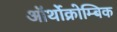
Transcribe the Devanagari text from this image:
ऑर्थोक्रोम्बिक